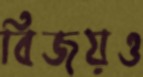
বিজয়ও